Development of the parasite of Indian kala azar - Number 53
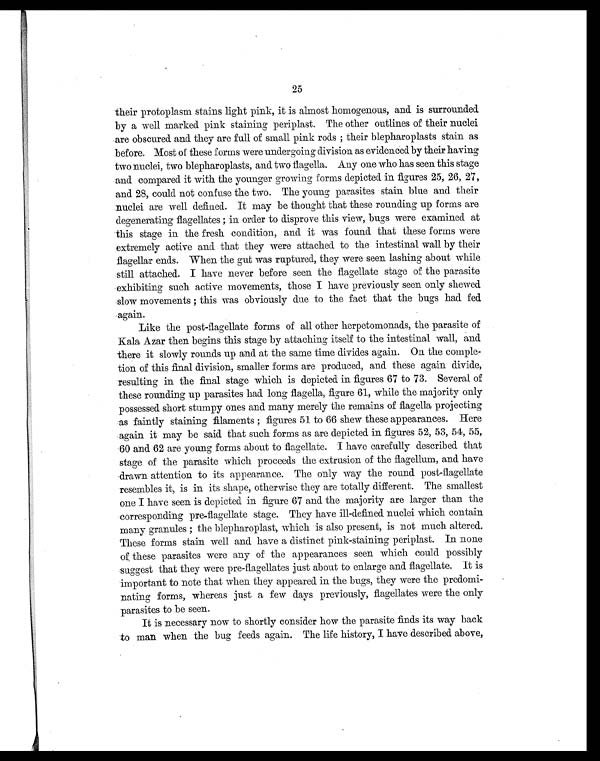
25
their protoplasm stains light pink, it is almost homogenous, and. is surrounded
by a well marked pink staining periplast. The other outlines of their nuclei
are obscured and. they are full of small pink rods ; their blepharoplasts stain as
before. Most of these forms were undergoing division as evidenced by their having
two nuclei, two blepharoplasts, and two flagella. Any one who has seen this stage
and compared it with the younger growing forms depicted in figures 25, 26, 27,
and 28, could not confuse the two. The young parasites stain blue and their
nuclei are well defined. It may be thought that these rounding up forms are
degenerating flagellates ; in order to disprove this view, bugs were examined at
this stage in the fresh condition, and it was found that these forms were
extremely active and that they were attached to the intestinal wall by their
flagellar ends. When the gut was ruptured, they were seen lashing about while
still attached. I have never before seen the flagellate stage of the parasite
exhibiting such active movements, those I have previously seen only shewed
slow movements ; this was obviously due to the fact that the bugs had fed
again.
Like the post-flagellate forms of all other herpetomonads, the parasite of
Kala Azar then begins this stage by attaching itself to the intestinal wall, and
there it slowly rounds up and at the same time divides again. On the comple-
tion of this final division, smaller forms are produced, and these again divide,
resulting in the final stage which is depicted in figures 67 to 73. Several of
these rounding up parasites had long flagella, figure 61, while the majority only
possessed short stumpy ones and many merely the remains of flagella projecting
as faintly staining filaments ; figures 51 to 66 chew these appearances. Here
again it may be said that such forms as are depicted in figures 52, 53, 54, 55,
60 and 62 are young forms about to flagellate. I have carefully described that
stage of the parasite which proceeds the extrusion of the flagellum, and have
drawn attention to its appearance. The only way the round post-flagellate
resembles it, is in its shape, otherwise they are totally different. The smallest
one I have seen is depicted in figure 67 and the majority are larger than the
corresponding pre-flagellate stage. They have ill-defined nuclei which contain
many granules ; the blepharoplast, which is also present, is not much altered.
These forms stain well and have a distinct pink-staining periplast. In none
of these parasites were any of the appearances seen which could possibly
suggest that they were pre-flagellates just about to enlarge and flagellate. It is
important to note that when they appeared in the bugs, they were the predomi-
nating forms, whereas just a few days previously, flagellates were the only
parasites to be seen.
It is necessary now to shortly consider how the parasite finds its way back
to man when the bug feeds again. The life history, I have described above,